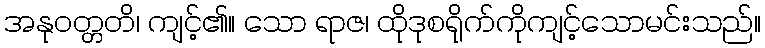
အနုဝတ္တတိ၊ ကျင့်၏။ သော ရာဇ၊ ထိုဒုစရိုက်ကိုကျင့်သောမင်းသည်။